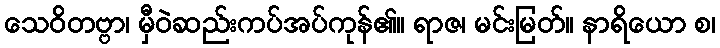
သေဝိတဗ္ဗာ၊ မှီဝဲဆည်းကပ်အပ်ကုန်၏။ ရာဇ၊ မင်းမြတ်။ နာရိယော စ၊